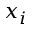
x _ { i }